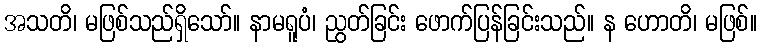
အသတိ၊ မဖြစ်သည်ရှိသော်။ နာမရူပံ၊ ညွတ်ခြင်း ဖောက်ပြန်ခြင်းသည်။ န ဟောတိ၊ မဖြစ်။